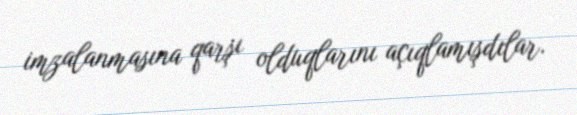
imzalanmasına qarşı olduqlarını açıqlamışdılar.